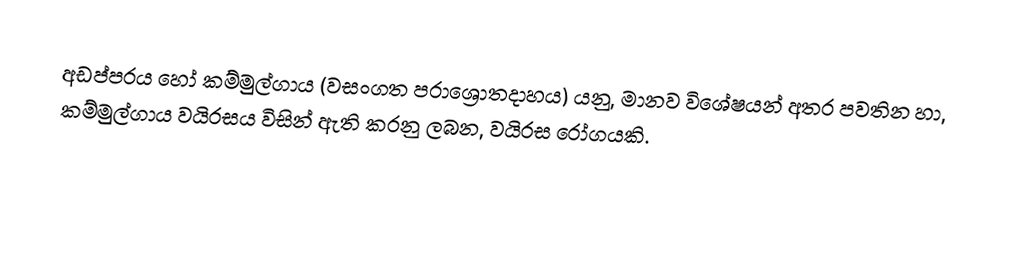
අඩප්පරය හෝ කම්මුල්ගාය (වසංගත පරාශ්‍රොතදාහය) යනු,  මානව විශේෂයන් අතර පවතින හා, කම්මුල්ගාය වයිරසය විසින් ඇති කරනු ලබන, වයිරස රෝගයකි.